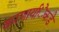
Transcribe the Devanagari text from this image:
करणार्यांेकडेे